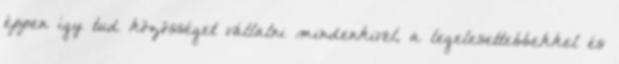
éppen így tud közösséget vállalni mindenkivel, a legelesettebbekkel és